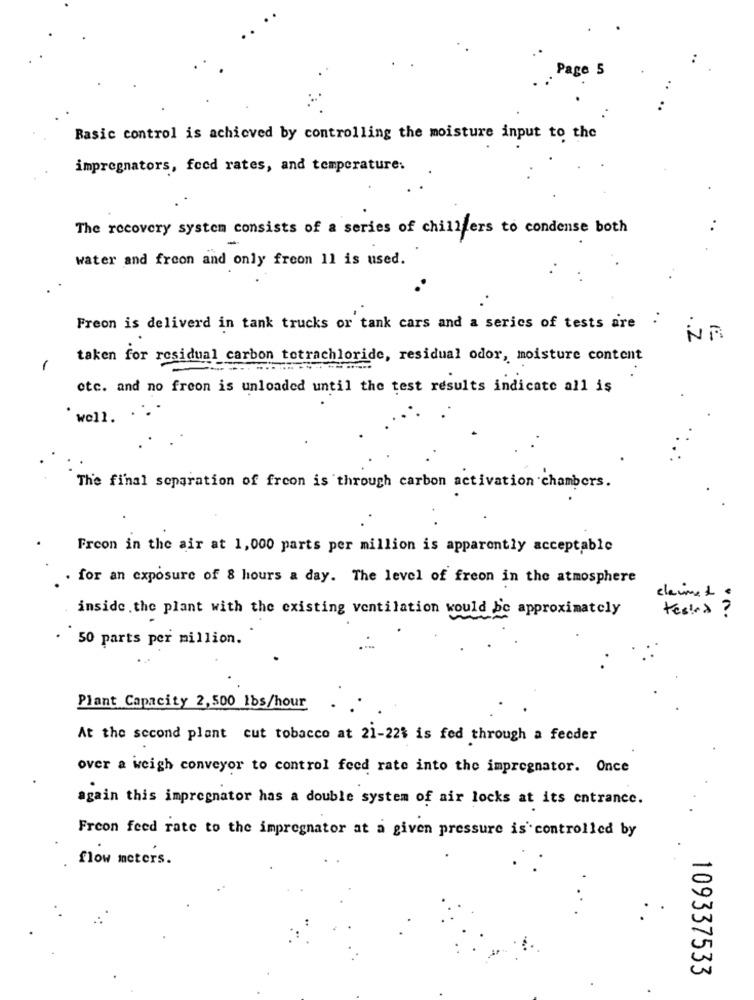
Page 5
Basic control is achieved by controlling the moisture input to the
impregnators, feed rates, and temperature.
The recovery system consists of a series of chillers to condense both
..
water and freon and only freon 11 is used.
..
Freon is deliverd in tank trucks or tank cars and a series of tests are .
NA
taken for residual carbon tetrachloride, residual odor, moisture content
1
etc. and no freon is unloaded until the test results indicate all is
"well.
The final separation of freon is through carbon activation chambers.
Frcon in the air at 1,000 parts per million is apparently acceptable
. for an exposure of 8 hours a day. The level of freon in the atmosphere
claime 1 €
inside the plant with the existing ventilation would be approximately
tested ?
. 50 parts per million.
Plant Capacity 2,500 1bs/hour
At the second plant cut tobacco at 21-22% is fed through a feeder
over a weigh conveyor to control feed rate into the impregnator. Once
again this impregnator has a double system of air locks at its entrance.
Frcon feed rate to the impregnator at a given pressure is controlled by
flow meters.
109337533